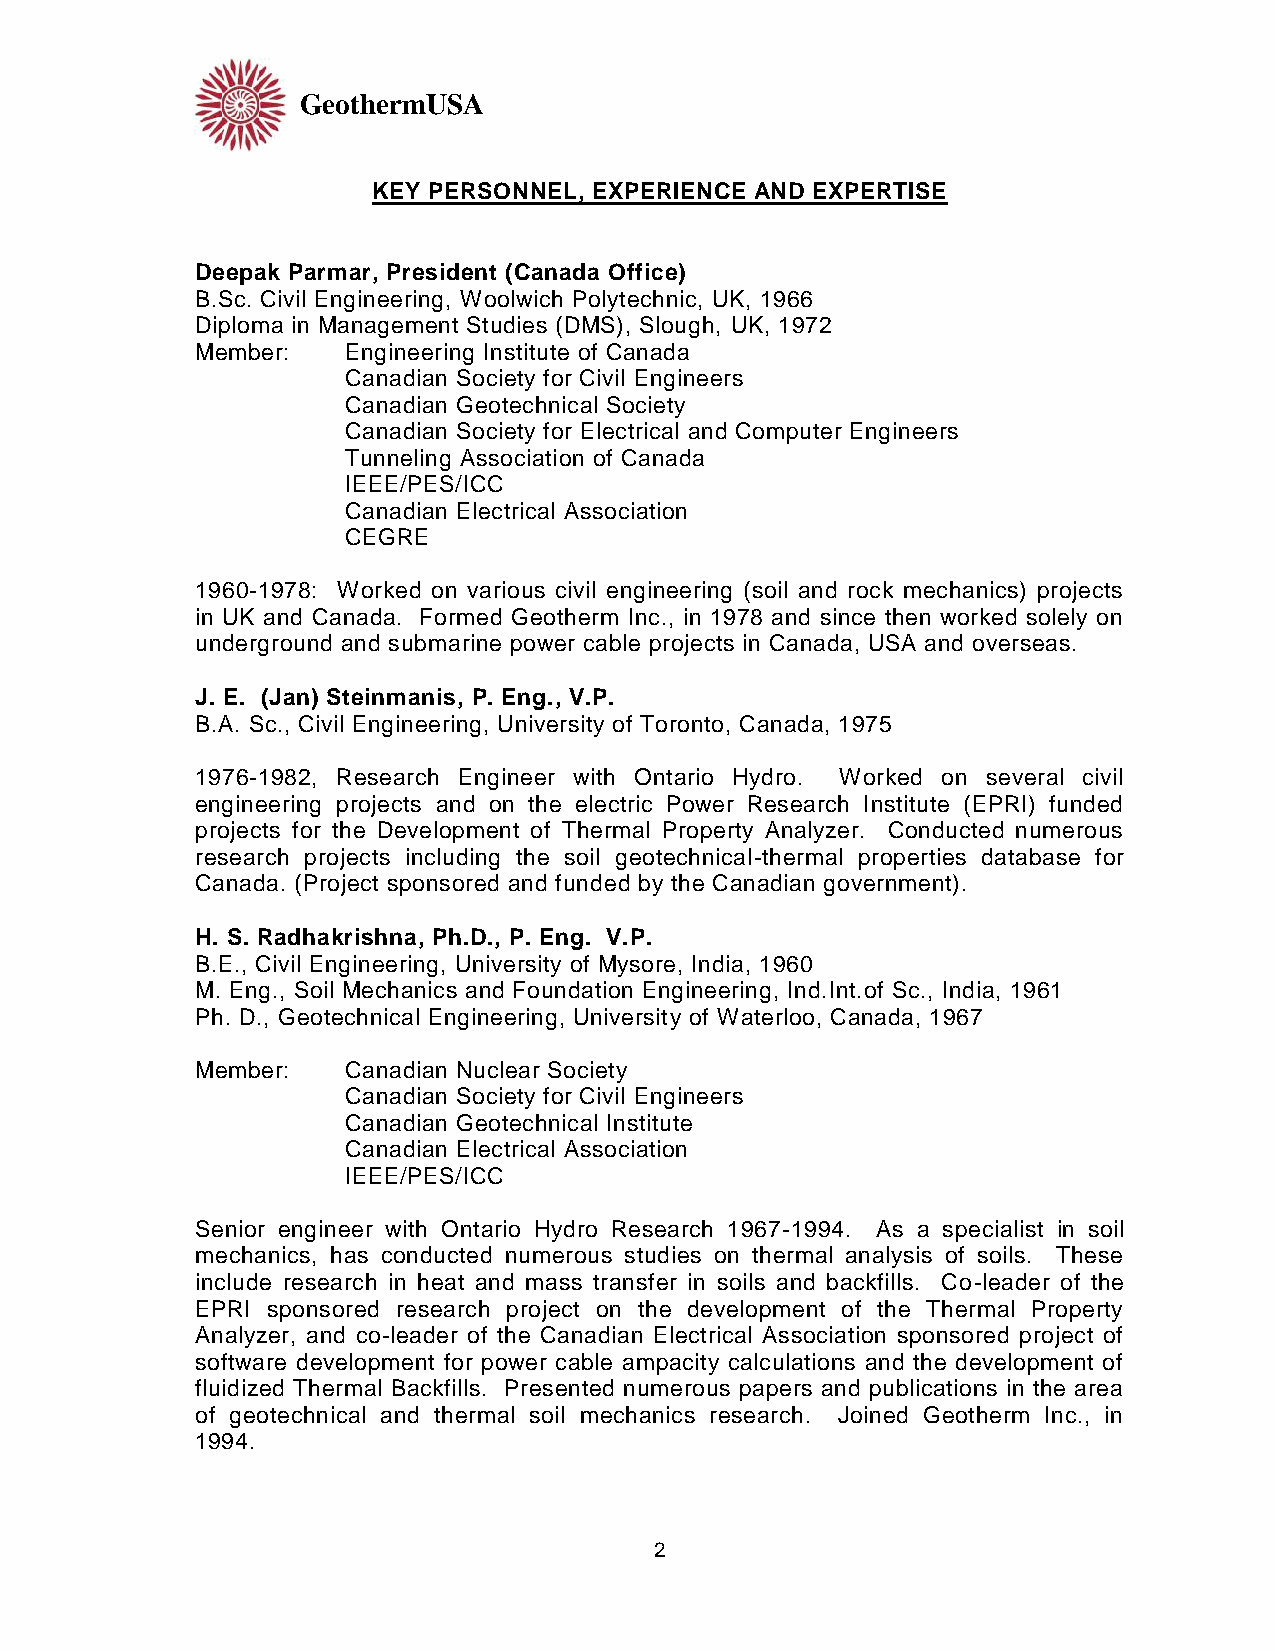
GeothermUSA
 KEY PERSONNEL, EXPERIENCE AND EXPERTISE
 Deepak Parmar, President (Canada Office)
 B.Sc. Civil Engineering, Woolwich Polytechnic, UK, 1966
 Diploma in Management Studies (DMS), Slough, UK, 1972
 Member:   Engineering Institute of Canada
 Canadian Society for Civil Engineers
 Canadian Geotechnical Society
 Canadian Society for Electrical and Computer Engineers
 Tunneling Association of Canada
 IEEE/PES/ICC
 Canadian Electrical Association
 CEGRE
 1960-1978: Worked on various civil engineering (soil and rock mechanics) projects
 in UK and Canada. Formed Geotherm Inc., in 1978 and since then worked solely on
 underground and submarine power cable projects in Canada, USA and overseas.
 J. E. (Jan) Steinmanis, P. Eng., V.P.
 B.A. Sc., Civil Engineering, University of Toronto, Canada, 1975
 1976-1982, Research Engineer with Ontario Hydro. Worked on several civil
 engineering projects and on the electric Power Research Institute (EPRI) funded
 projects for the Development of Thermal Property Analyzer. Conducted numerous
 research projects including the soil geotechnical-thermal properties database for
 Canada. (Project sponsored and funded by the Canadian government).
 H. S. Radhakrishna, Ph.D., P. Eng. V.P.
 B.E., Civil Engineering, University of Mysore, India, 1960
 M. Eng., Soil Mechanics and Foundation Engineering, Ind.Int.of Sc., India, 1961
 Ph. D., Geotechnical Engineering, University of Waterloo, Canada, 1967
 Member:   Canadian Nuclear Society
 Canadian Society for Civil Engineers
 Canadian Geotechnical Institute
 Canadian Electrical Association
 IEEE/PES/ICC
 Senior engineer with Ontario Hydro Research 1967-1994. As a specialist in soil
 mechanics, has conducted numerous studies on thermal analysis of soils. These
 include research in heat and mass transfer in soils and backfills. Co-leader of the
 EPRI sponsored research project on the development of the Thermal Property
 Analyzer, and co-leader of the Canadian Electrical Association sponsored project of
 software development for power cable ampacity calculations and the development of
 fluidized Thermal Backfills. Presented numerous papers and publications in the area
 of geotechnical and thermal soil mechanics research. Joined Geotherm Inc., in
 1994.
 2